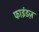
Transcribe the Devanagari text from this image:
फाइंडज़